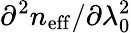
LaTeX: \partial^{2}n_{\mathrm{eff}}/\partial\lambda_{0}^{2}